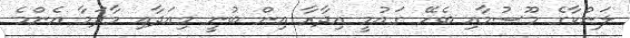
ލަންކާގެ މޫސުމާއި ބެހޭ ގައުމީ އިދާރާ އިން ބުނީ މިއަދާއި މާދަމާ އެންމެ